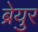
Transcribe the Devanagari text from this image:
ब्रेयुर